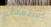
استعدي